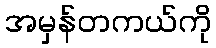
အမှန်တကယ်ကို